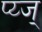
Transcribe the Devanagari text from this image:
प्य्ज्